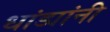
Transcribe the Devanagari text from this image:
धांड्यांनी